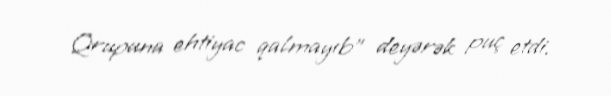
Qrupuna ehtiyac qalmayıb” deyərək puç etdi.